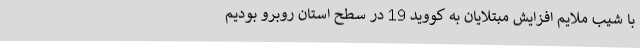
با شیب ملایم افزایش مبتلایان به کووید 19 در سطح استان روبرو بودیم